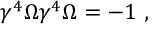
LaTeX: \gamma ^ { 4 } \Omega \gamma ^ { 4 } \Omega = - 1 ~ ,